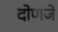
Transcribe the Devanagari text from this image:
दोणजे